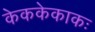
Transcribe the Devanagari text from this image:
केककेकाकः